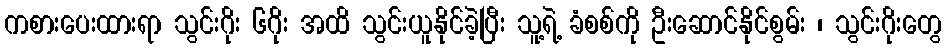
ကစားပေးထားရာ သွင်းဂိုး ၆ဂိုး အထိ သွင်းယူနိုင်ခဲ့ပြီး သူ့ရဲ့ ခံစစ်ကို ဦးဆောင်နိုင်စွမ်း ၊ သွင်းဂိုးတွေ